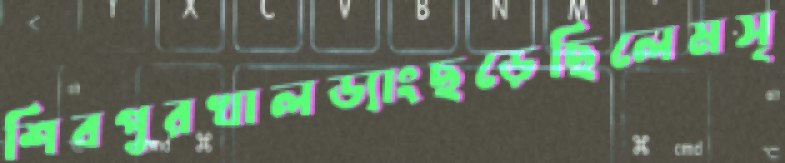
শিবপুরখালড্যাংছড়েছিলেমসৃ